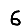
Digit: 6